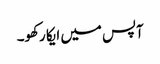
آپس میں ایکا رکھو۔